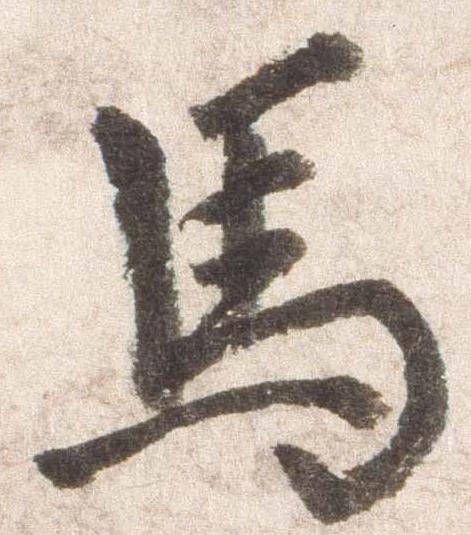
馬